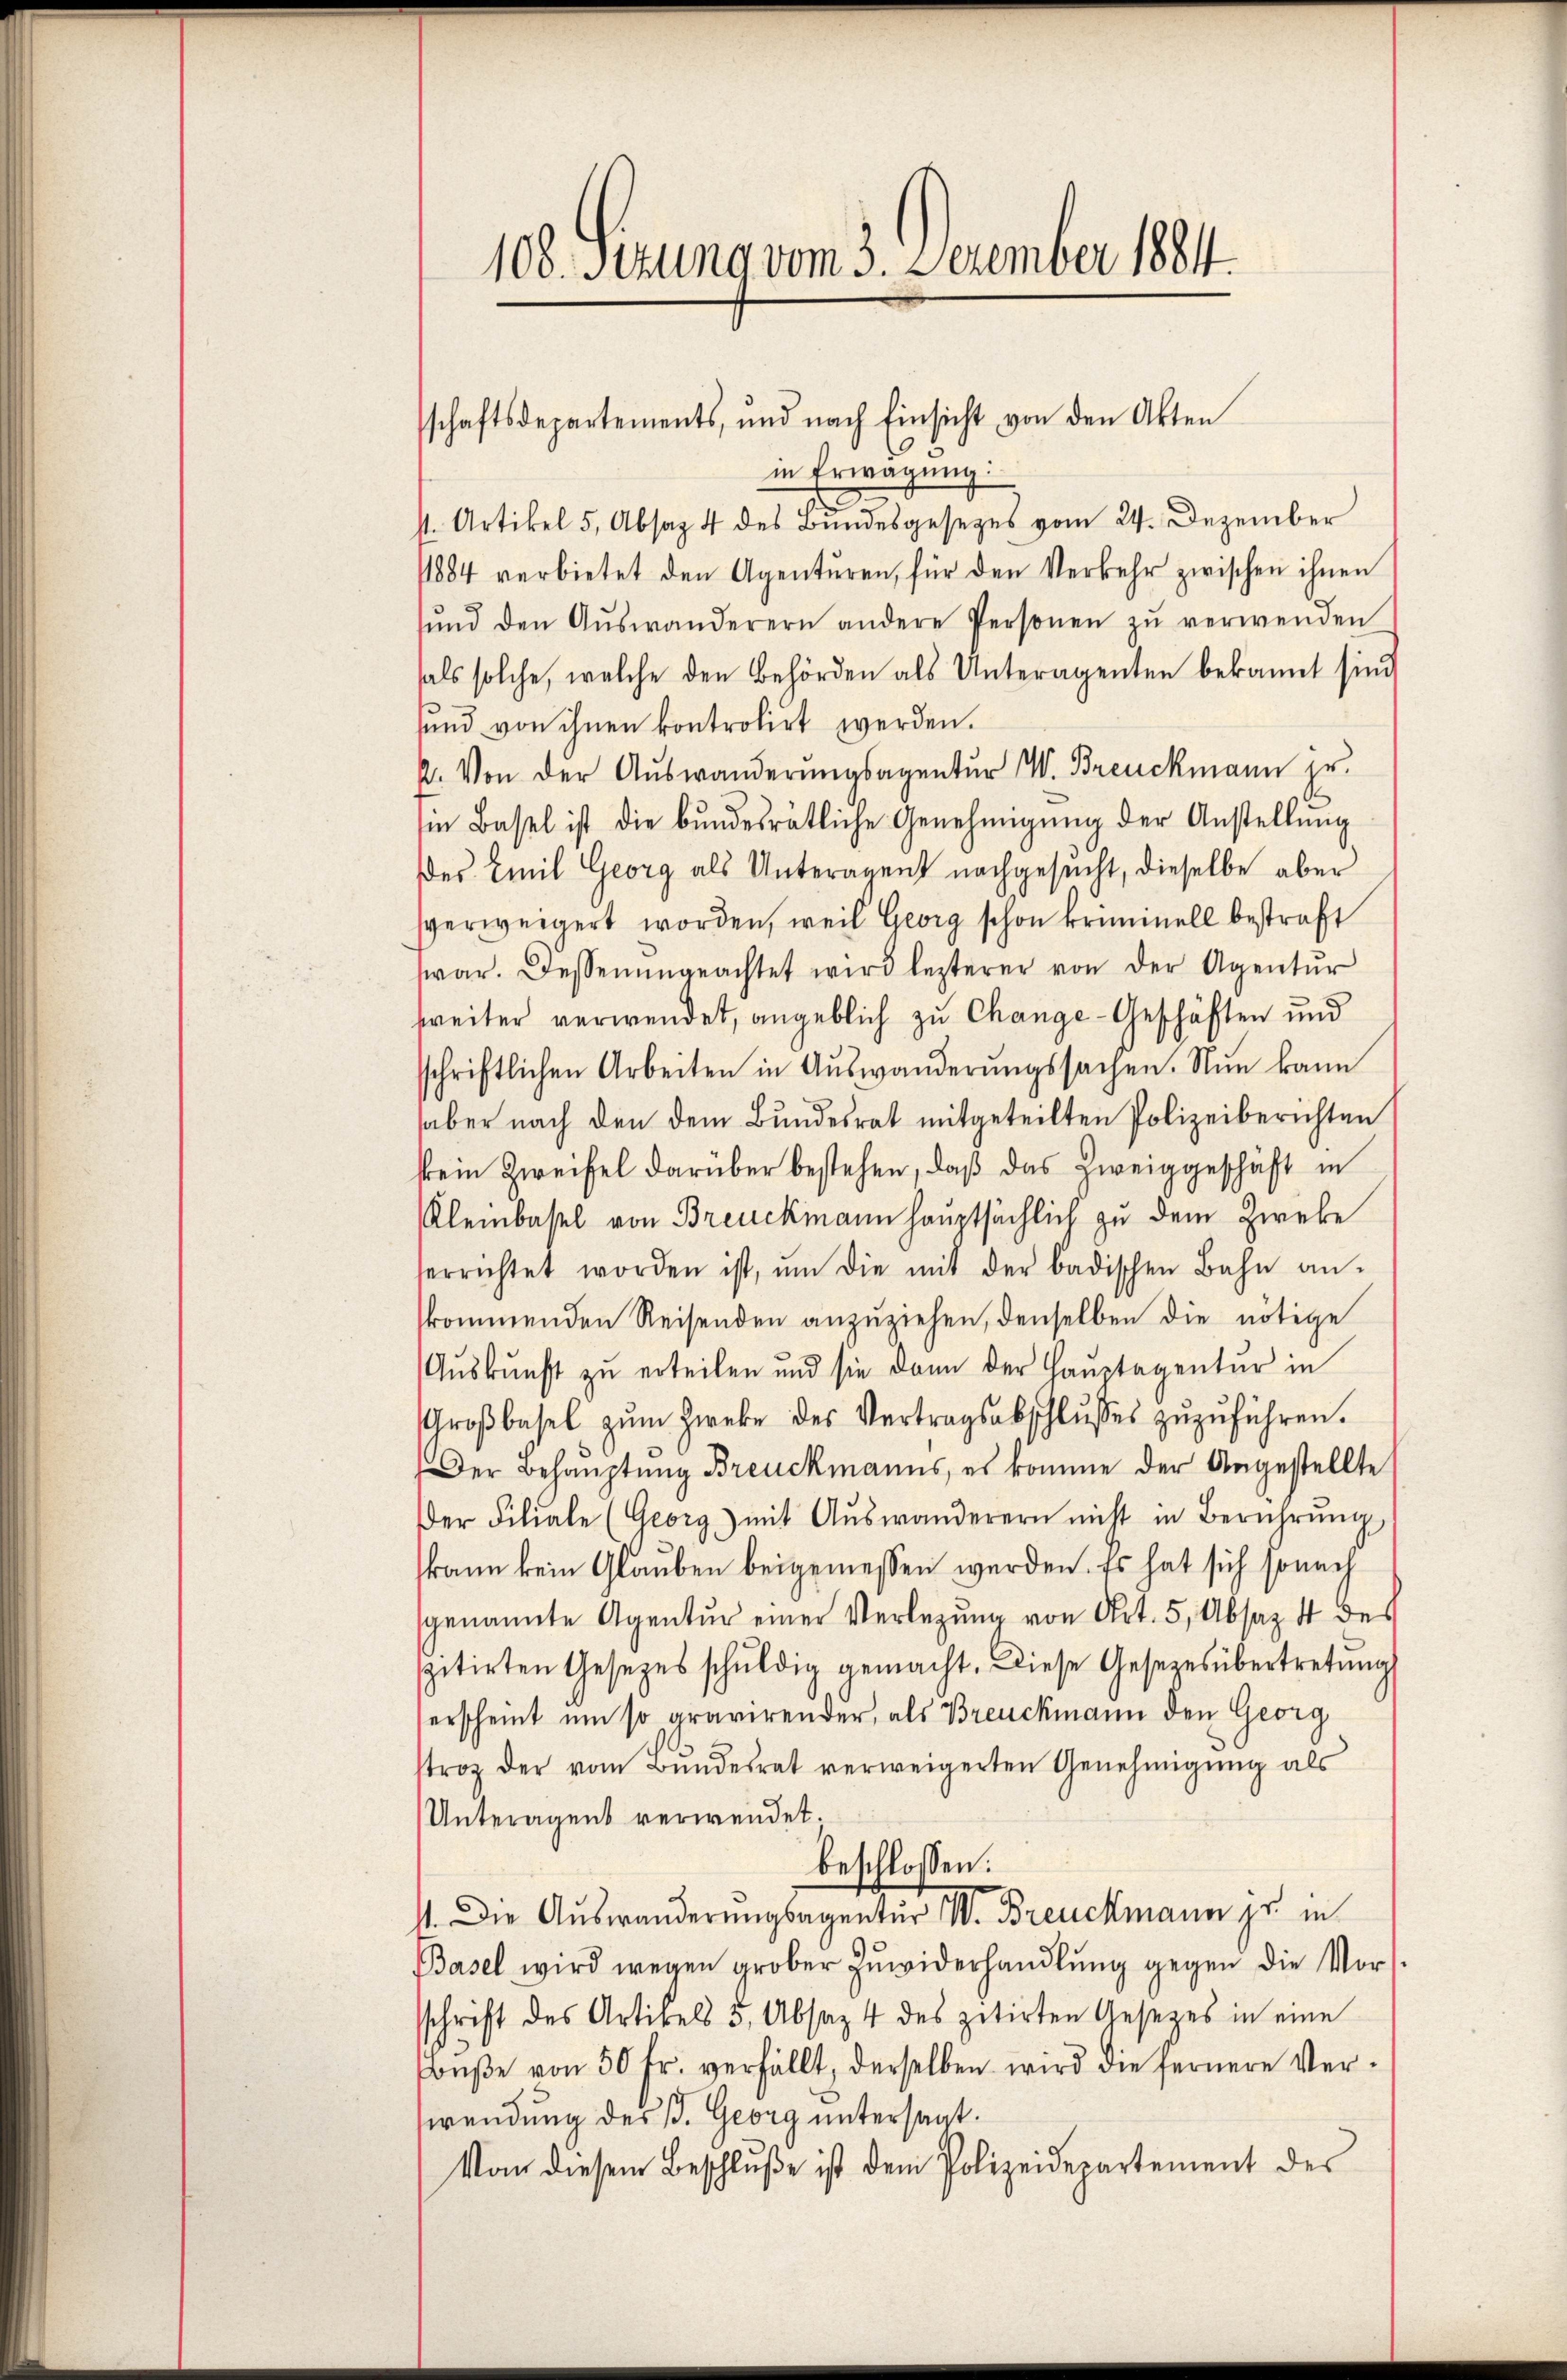
100. Ferung vom 3. December 1881.

schaftsdepartements, und nach Einsicht von den Akten

in Erwägung:
1
s. Artikel 5, Absag 4 des Bundesgesezes vom 24. Dezember
1884 verbietet den Agentŭren, für den Verkehr zwischen ihnen
sŭnd den Aŭswanderern andere Personen zŭ verwenden
hals solche, welche den Behörden als Unteragenten bekannt sind
sund von ihnen kontrolirt werden.
2. Von der Auswanderungsagentur W. Breuckmann jr.
i Basel ist die bŭndesrätliche Genehmigŭng der Anstellŭng
es Emil Georg als Unterament nachgesucht, dieselbe aber
sverweigert worden, weil Georg schon kriminell bestraft
war. Bessenungeachtet wird lezterer von der Agentŭr
weiter verwendet, angeblich zu Change-Geschäften und
schriftlichen Arbeiten in Auswanderungssachen. Nun kann
haber nach den dem Bundesrat mitgeteilten Polizeiberichten
kein Zweifel darüber bestehen, daß das Zweiggeschäft in
Kleinbasel von Breuckmann hauptsächlich zu dem Zweke
errichtet worden ist, ŭm die mit der badischen Bahn an-
kommenden Reisenden anzŭziehen, denselben die nötige
Aŭskŭnft zŭ erteilen und sie dann der Haŭptagentur in
Groβbasel zŭm Zweke des Vertragsabschlŭsses zŭzŭführen.
Der Behauptung Breuckmanns, es komme der Angestellte
der Filiale (Georg,) mit Auswanderern nicht in Berührŭng
kann kein Glauben beigemessen werden. Es hat sich sonach
genannte Agentur einer Verlegung von Art. 5, Absaz 4 des
pitirten Gesetzes schŭldig gemacht. Diese Gesezesübertretŭng
erscheint um so gravirender, als Breuckmann den Georg
troz der vom Bŭndesrat verweigerten Genehmigŭng als
Unteragens verwendet.
beschlossen:
. Die Auswanderungsagentur IV. Breuckmann pr. in
Basel wird wegen grober Zuwiderhandlung gegen die Vorssschrift des Artikels 5, Absaz 4 des zitirten Gesetzes in eine
Bŭβe von 50 fr. verfällt, derselben wird die fernere Verwendung des B. Georg untersagt.
Von diesem Beschluße ist dem Polizeidepartement des